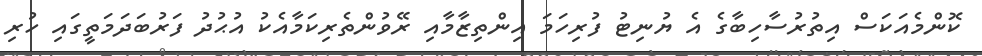
ކޮންމެއަކަސް އިތުރުސާހިބާގެ އެ ޔުނިޓު ފުރިހަމަ އިންތިޒާމާއި ރޭވުންތެރިކަމާއެކު އުޙުދު ފަރުބަދަމަތީގައި ހުރި